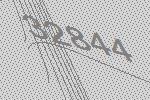
32844